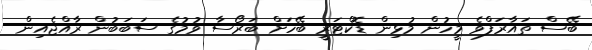
ބޭސް ތައާރަފްވެ މީހުން މުޅިން ޑޮކްޓަރީ ބޭހަށް ބަރޯސާ ވުމުގެ ސަބަބުން ރާއްޖެއިން